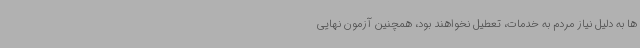
ها به دلیل نیاز مردم به خدمات، تعطیل نخواهند بود، همچنین آزمون نهایی